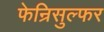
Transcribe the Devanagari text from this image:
फेन्रिसुल्फर